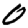
Digit: 0